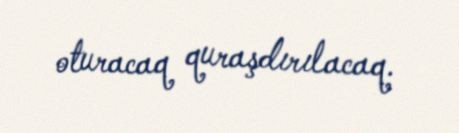
oturacaq quraşdırılacaq.